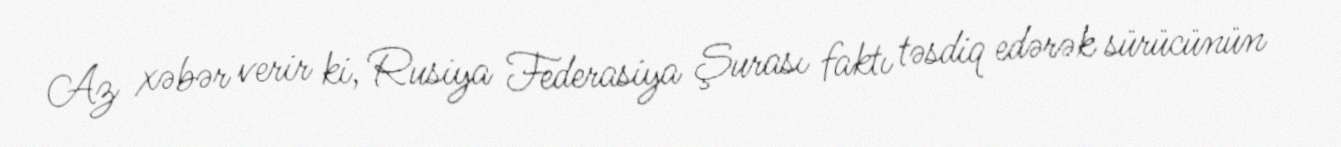
Az xəbər verir ki, Rusiya Federasiya Şurası faktı təsdiq edərək sürücünün